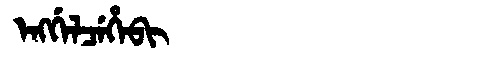
Manchu: ᡝᠩᡤᡝᠯᠴᡝᡥᡝᠪᡳ
Romanization: ENGGELCEHEBI